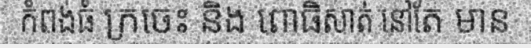
កំពង់ធំ ក្រចេះ និង ពោធិសាត់ នៅតែ មាន